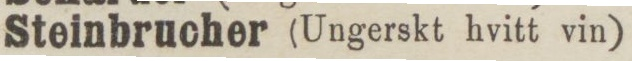
Steinbrucher (Ungerskt hvitt vin)    75 öre.